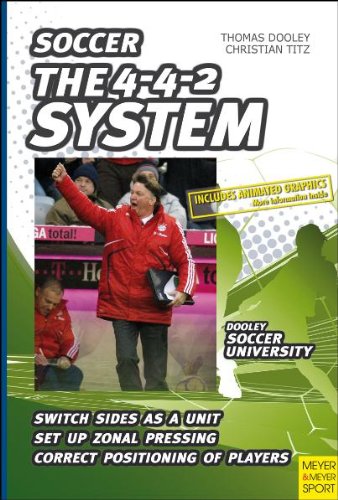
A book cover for The 4-4-2 System (Soccer); Thomas Dooley; Sports & Outdoors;